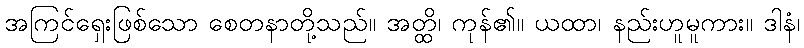
အကြင်ရှေးဖြစ်သော စေတနာတို့သည်။ အတ္ထိ၊ ကုန်၏။ ယထာ၊ နည်းဟူမူကား။ ဒါနံ၊